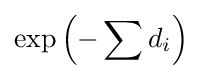
\exp \left(-\sum d_{i}\right)